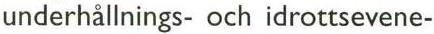
underhållnings- och idrottsevene-